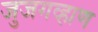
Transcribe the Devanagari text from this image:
जुजगव्हाण